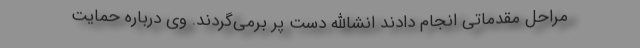
مراحل مقدماتی انجام دادند انشاالله دست پر برمی‌گردند. وی درباره حمایت